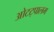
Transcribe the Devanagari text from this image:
ओटट्पालम